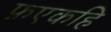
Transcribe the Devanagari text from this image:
फ़एकहि